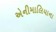
એનીમાલિયાના